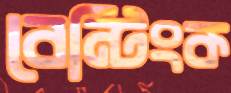
বেন্টিংক